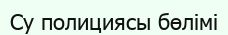
Су полициясы бөлімі